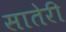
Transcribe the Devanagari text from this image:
सातेरी